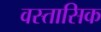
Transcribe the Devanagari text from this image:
वस्तासिक